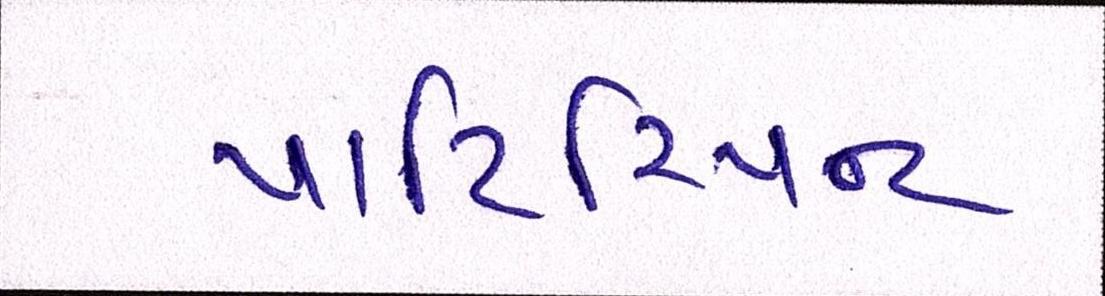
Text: પાર્ટિસિપન્ટ